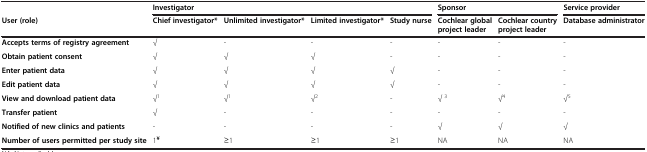
<table><thead><tr><td><b> </b></td><td colspan="4"><b>Investigator</b></td><td colspan="2"><b>Sponsor</b></td><td><b>Service provider</b></td></tr><tr><td><b>User (role)</b></td><td><b>Chief investigator*</b></td><td><b>Unlimited investigator*</b></td><td><b>Limited investigator*</b></td><td><b>Study nurse</b></td><td><b>Cochlear global project leader</b></td><td><b>Cochlear country project leader</b></td><td><b>Database administrator</b></td></tr></thead><tbody><tr><td><b>Accepts terms of registry agreement</b></td><td>√</td><td>-</td><td>-</td><td>-</td><td>-</td><td>-</td><td>-</td></tr><tr><td><b>Obtain patient consent</b></td><td>√</td><td>√</td><td>√</td><td>-</td><td>-</td><td>-</td><td>-</td></tr><tr><td><b>Enter patient data</b></td><td>√</td><td>√</td><td>√</td><td>√</td><td>-</td><td>-</td><td>-</td></tr><tr><td><b>Edit patient data</b></td><td>√</td><td>√</td><td>√</td><td>√</td><td>-</td><td>-</td><td>-</td></tr><tr><td><b>View and download patient data</b></td><td>√<sup>1</sup></td><td>√<sup>1</sup></td><td>√<sup>2</sup></td><td>-</td><td>√ <sup>3</sup></td><td>√<sup>4</sup></td><td>√<sup>5</sup></td></tr><tr><td><b>Transfer patient</b></td><td>√</td><td>-</td><td>-</td><td>-</td><td>-</td><td>-</td><td>-</td></tr><tr><td><b>Notified of new clinics and patients</b></td><td>-</td><td>-</td><td>-</td><td>-</td><td>√</td><td>√</td><td>√</td></tr><tr><td><b>Number of users permitted per study site</b></td><td>1<sup><b>¥</b></sup></td><td>≥1</td><td>≥1</td><td>≥1</td><td>NA</td><td>NA</td><td>NA</td></tr></tbody></table>